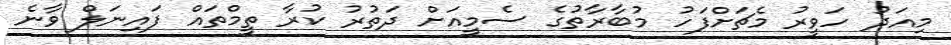
މިއަދު ހަވީރު މެޗަށްފަހު މުބާރާތުގެ ސެމީއަށް ދަތުރު ކުރާ ތީމްތައް ފައިނަލް ވާނެ